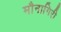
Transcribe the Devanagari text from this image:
मौनागिरी